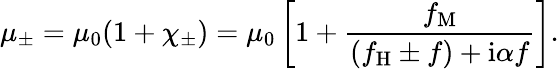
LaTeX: \mu_{\pm}=\mu_{0}(1+\chi_{\pm})=\mu_{0}\left[1+\frac{f_{\mathrm{M}}}{(f_{\mathrm{H}}\pm f)+\mathrm{i}\alpha f}\right].